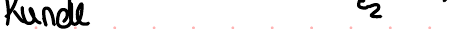
Kunde